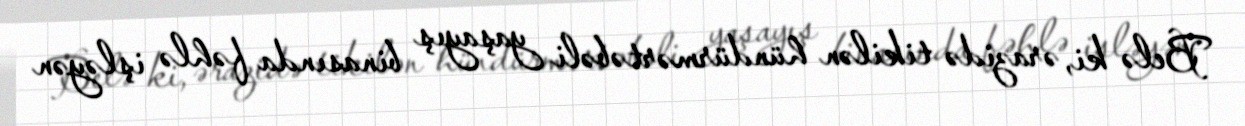
Belə ki, ərazidə tikilən hündürmərtəbəli yaşayış binasında fəhlə işləyən